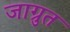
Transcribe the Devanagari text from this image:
जाग्रुत